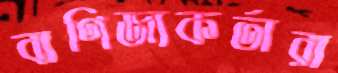
বাণিজ্যকর্তারা